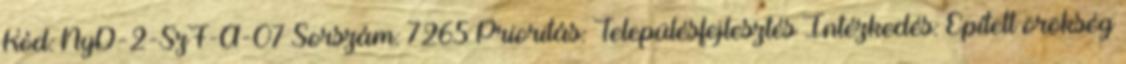
Kód: NyD-2-SzF-A-07 Sorszám: 7265 Prioritás: Településfejlesztés Intézkedés: Épített örökség